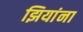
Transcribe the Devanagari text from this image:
झियांना